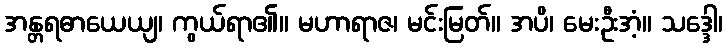
အန္တရဓာယေယျ၊ ကွယ်ရာ၏။ မဟာရာဇ၊ မင်းမြတ်။ အပိ၊ မေးဦးအံ့။ သဒ္ဒေါ၊